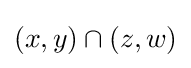
(x,y)\cap (z,w)